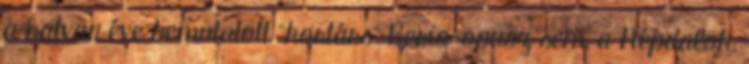
a hatvan éve bemutatott "kortárs" Berio-opusz sem, a Népdalok,